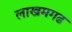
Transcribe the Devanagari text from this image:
लाखमगढ